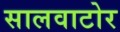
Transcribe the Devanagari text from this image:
सालवाटोर